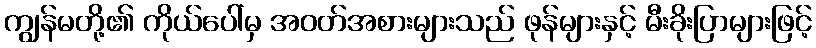
ကျွန်မတို့၏ ကိုယ်ပေါ်မှ အဝတ်အစားများသည် ဖုန်များနှင့် မီးခိုးပြာများဖြင့်